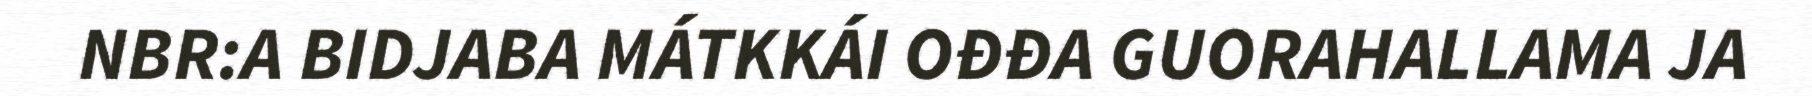
NBR:A BIDJABA MÁTKKÁI OĐĐA GUORAHALLAMA JA